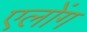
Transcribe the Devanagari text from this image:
एलोंग